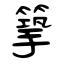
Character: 篫